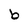
Character: b